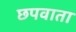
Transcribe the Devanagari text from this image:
छपवाता